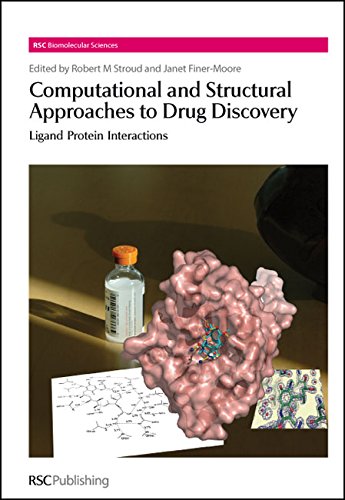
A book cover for Computational and Structural Approaches to Drug Discovery: Ligand-Protein Interactions (RSC Biomolecular Sciences); Science & Math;